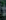
: